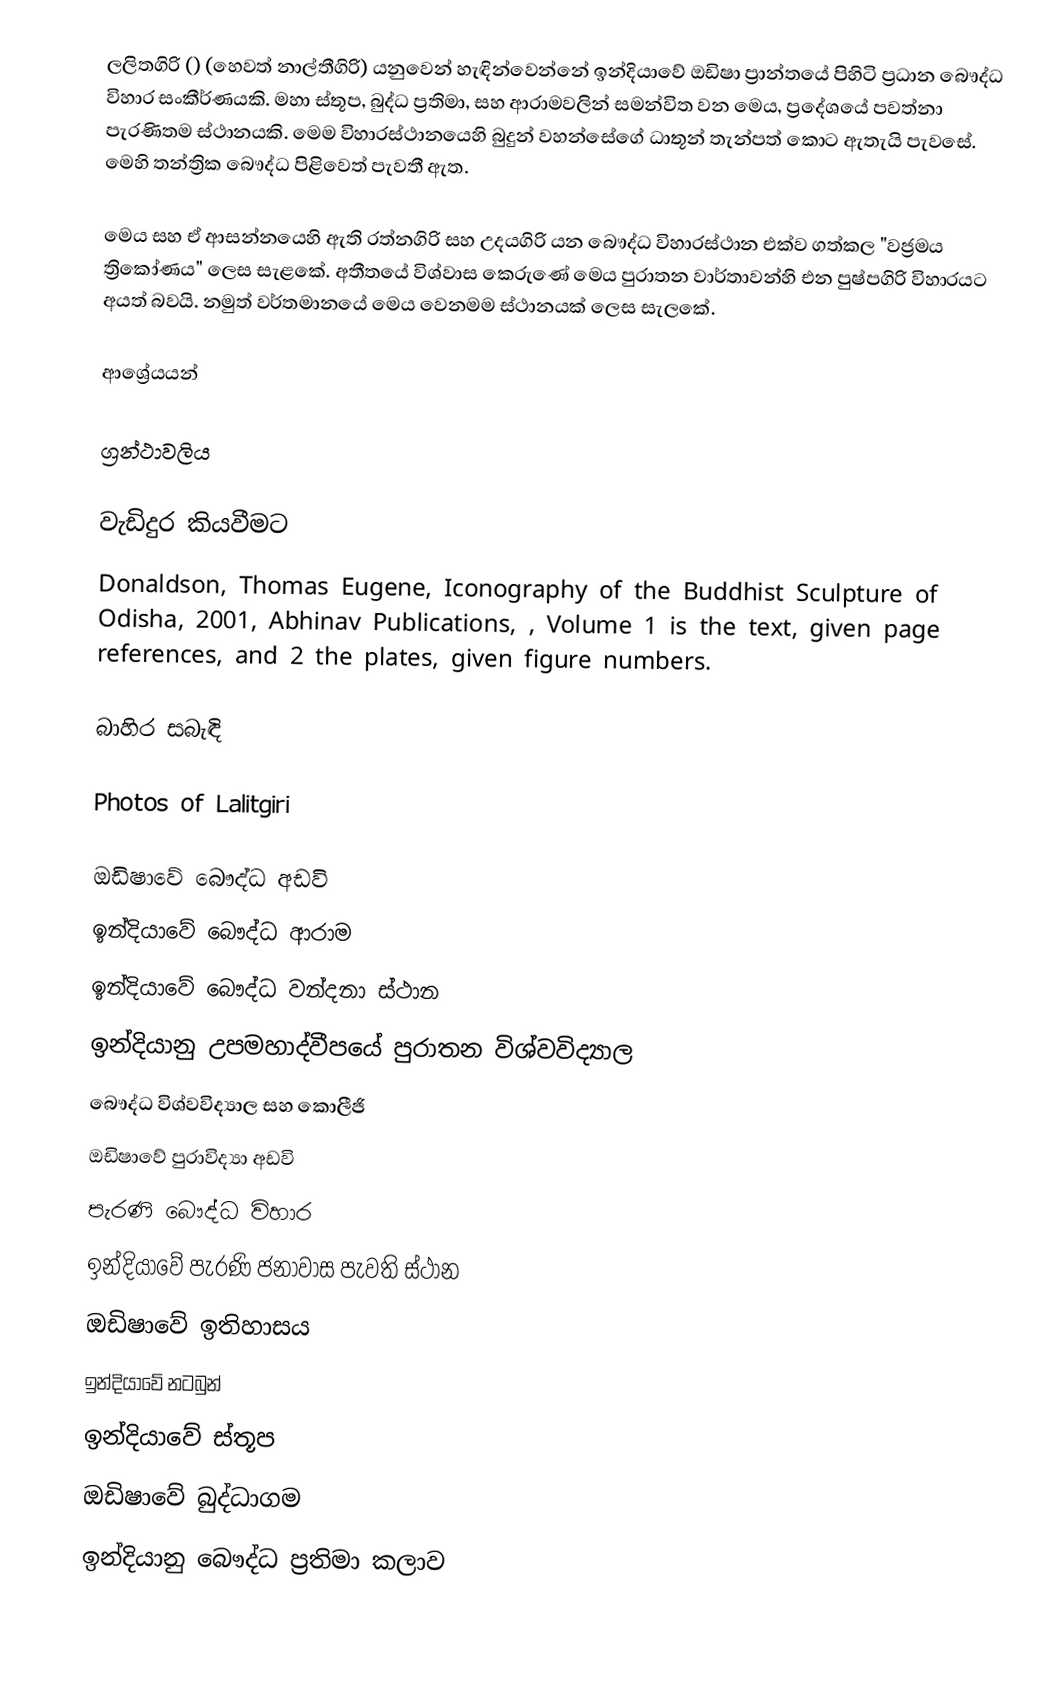
ලලිතගිරි () (හෙවත් නාල්තීගිරි) යනුවෙන් හැඳින්වෙන්නේ ඉන්දියාවේ ඔඩිෂා ප්‍රාන්තයේ පිහිටි ප්‍රධාන බෞද්ධ විහාර සංකීර්ණයකි. මහා ස්තූප, බුද්ධ ප්‍රතිමා, සහ ආරාමවලින් සමන්විත වන මෙය, ප්‍රදේශයේ පවත්නා පැරණිතම ස්ථානයකි. මෙම විහාරස්ථානයෙහි බුදුන් වහන්සේගේ ධාතූන් තැන්පත් කොට ඇතැයි පැවසේ. මෙහි තන්ත්‍රික බෞද්ධ පිළිවෙත් පැවතී ඇත.

මෙය සහ ඒ ආසන්නයෙහි ඇති රත්නගිරි සහ උදයගිරි යන බෞද්ධ විහාරස්ථාන එක්ව ගත්කල "වජ්‍රමය ත්‍රිකෝණය" ලෙස සැළකේ. අතීතයේ විශ්වාස කෙරුණේ මෙය පුරාතන වාර්තාවන්හි එන පුෂ්පගිරි විහාරයට අයත් බවයි. නමුත් වර්තමානයේ මෙය වෙනමම ස්ථානයක් ලෙස සැලකේ.

ආශ්‍රේයයන්

ග්‍රන්ථාවලිය

වැඩිදුර කියවීමට
 Donaldson, Thomas Eugene, Iconography of the Buddhist Sculpture of Odisha, 2001, Abhinav Publications, , Volume 1 is the text, given page references, and 2 the plates, given figure numbers.

බාහිර සබැඳි

Photos of Lalitgiri

ඔඩිෂාවේ බෞද්ධ අඩවි
ඉන්දියාවේ බෞද්ධ ආරාම
ඉන්දියාවේ බෞද්ධ වන්දනා ස්ථාන
ඉන්දියානු උපමහාද්වීපයේ පුරාතන විශ්වවිද්‍යාල
බෞද්ධ විශ්වවිද්‍යාල සහ කොලීජි
ඔඩිෂාවේ පුරාවිද්‍යා අඩවි
පැරණි බෞද්ධ විහාර
ඉන්දියාවේ පැරණි ජනාවාස පැවති ස්ථාන
ඔඩිෂාවේ ඉතිහාසය
ඉන්දියාවේ නටබුන්
ඉන්දියාවේ ස්තූප
ඔඩිෂාවේ බුද්ධාගම
ඉන්දියානු බෞද්ධ ප්‍රතිමා කලාව